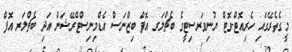
މީގެތެރޭގައި ހެރިއޮޓް-ވޮޓް ޔުނިވަރސިޓީގެ ބެޗްލަރ އޮފް ބިޒްނަސް އެޑްމިނިސްޓްރޭޝަން އަދި ބެޗްލަރ އޮފް